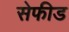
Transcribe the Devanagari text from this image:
सेफीड